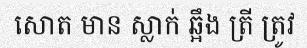
សោត មាន ស្លាក់ ឆ្អឹង ត្រី ត្រូវ